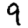
Digit: 9